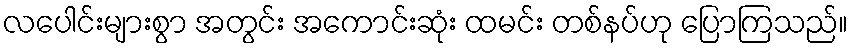
လပေါင်းများစွာ အတွင်း အကောင်းဆုံး ထမင်း တစ်နပ်ဟု ပြောကြသည်။